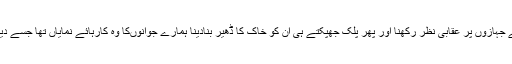
تیز و تندہوائوں کے مخالف دشمنوں کے چنگھاڑتے جہازوں پر عقابی نظر رکھنا اور پھر پلک جھپکتے ہی ان کو خاک کا ڈھیر بنادینا ہمارے جوانوںکا وہ کارہائے نمایاں تھا جسے دیکھ کر ہمالیہ کی چوٹی بھی حیران وششدر رہ گئی۔